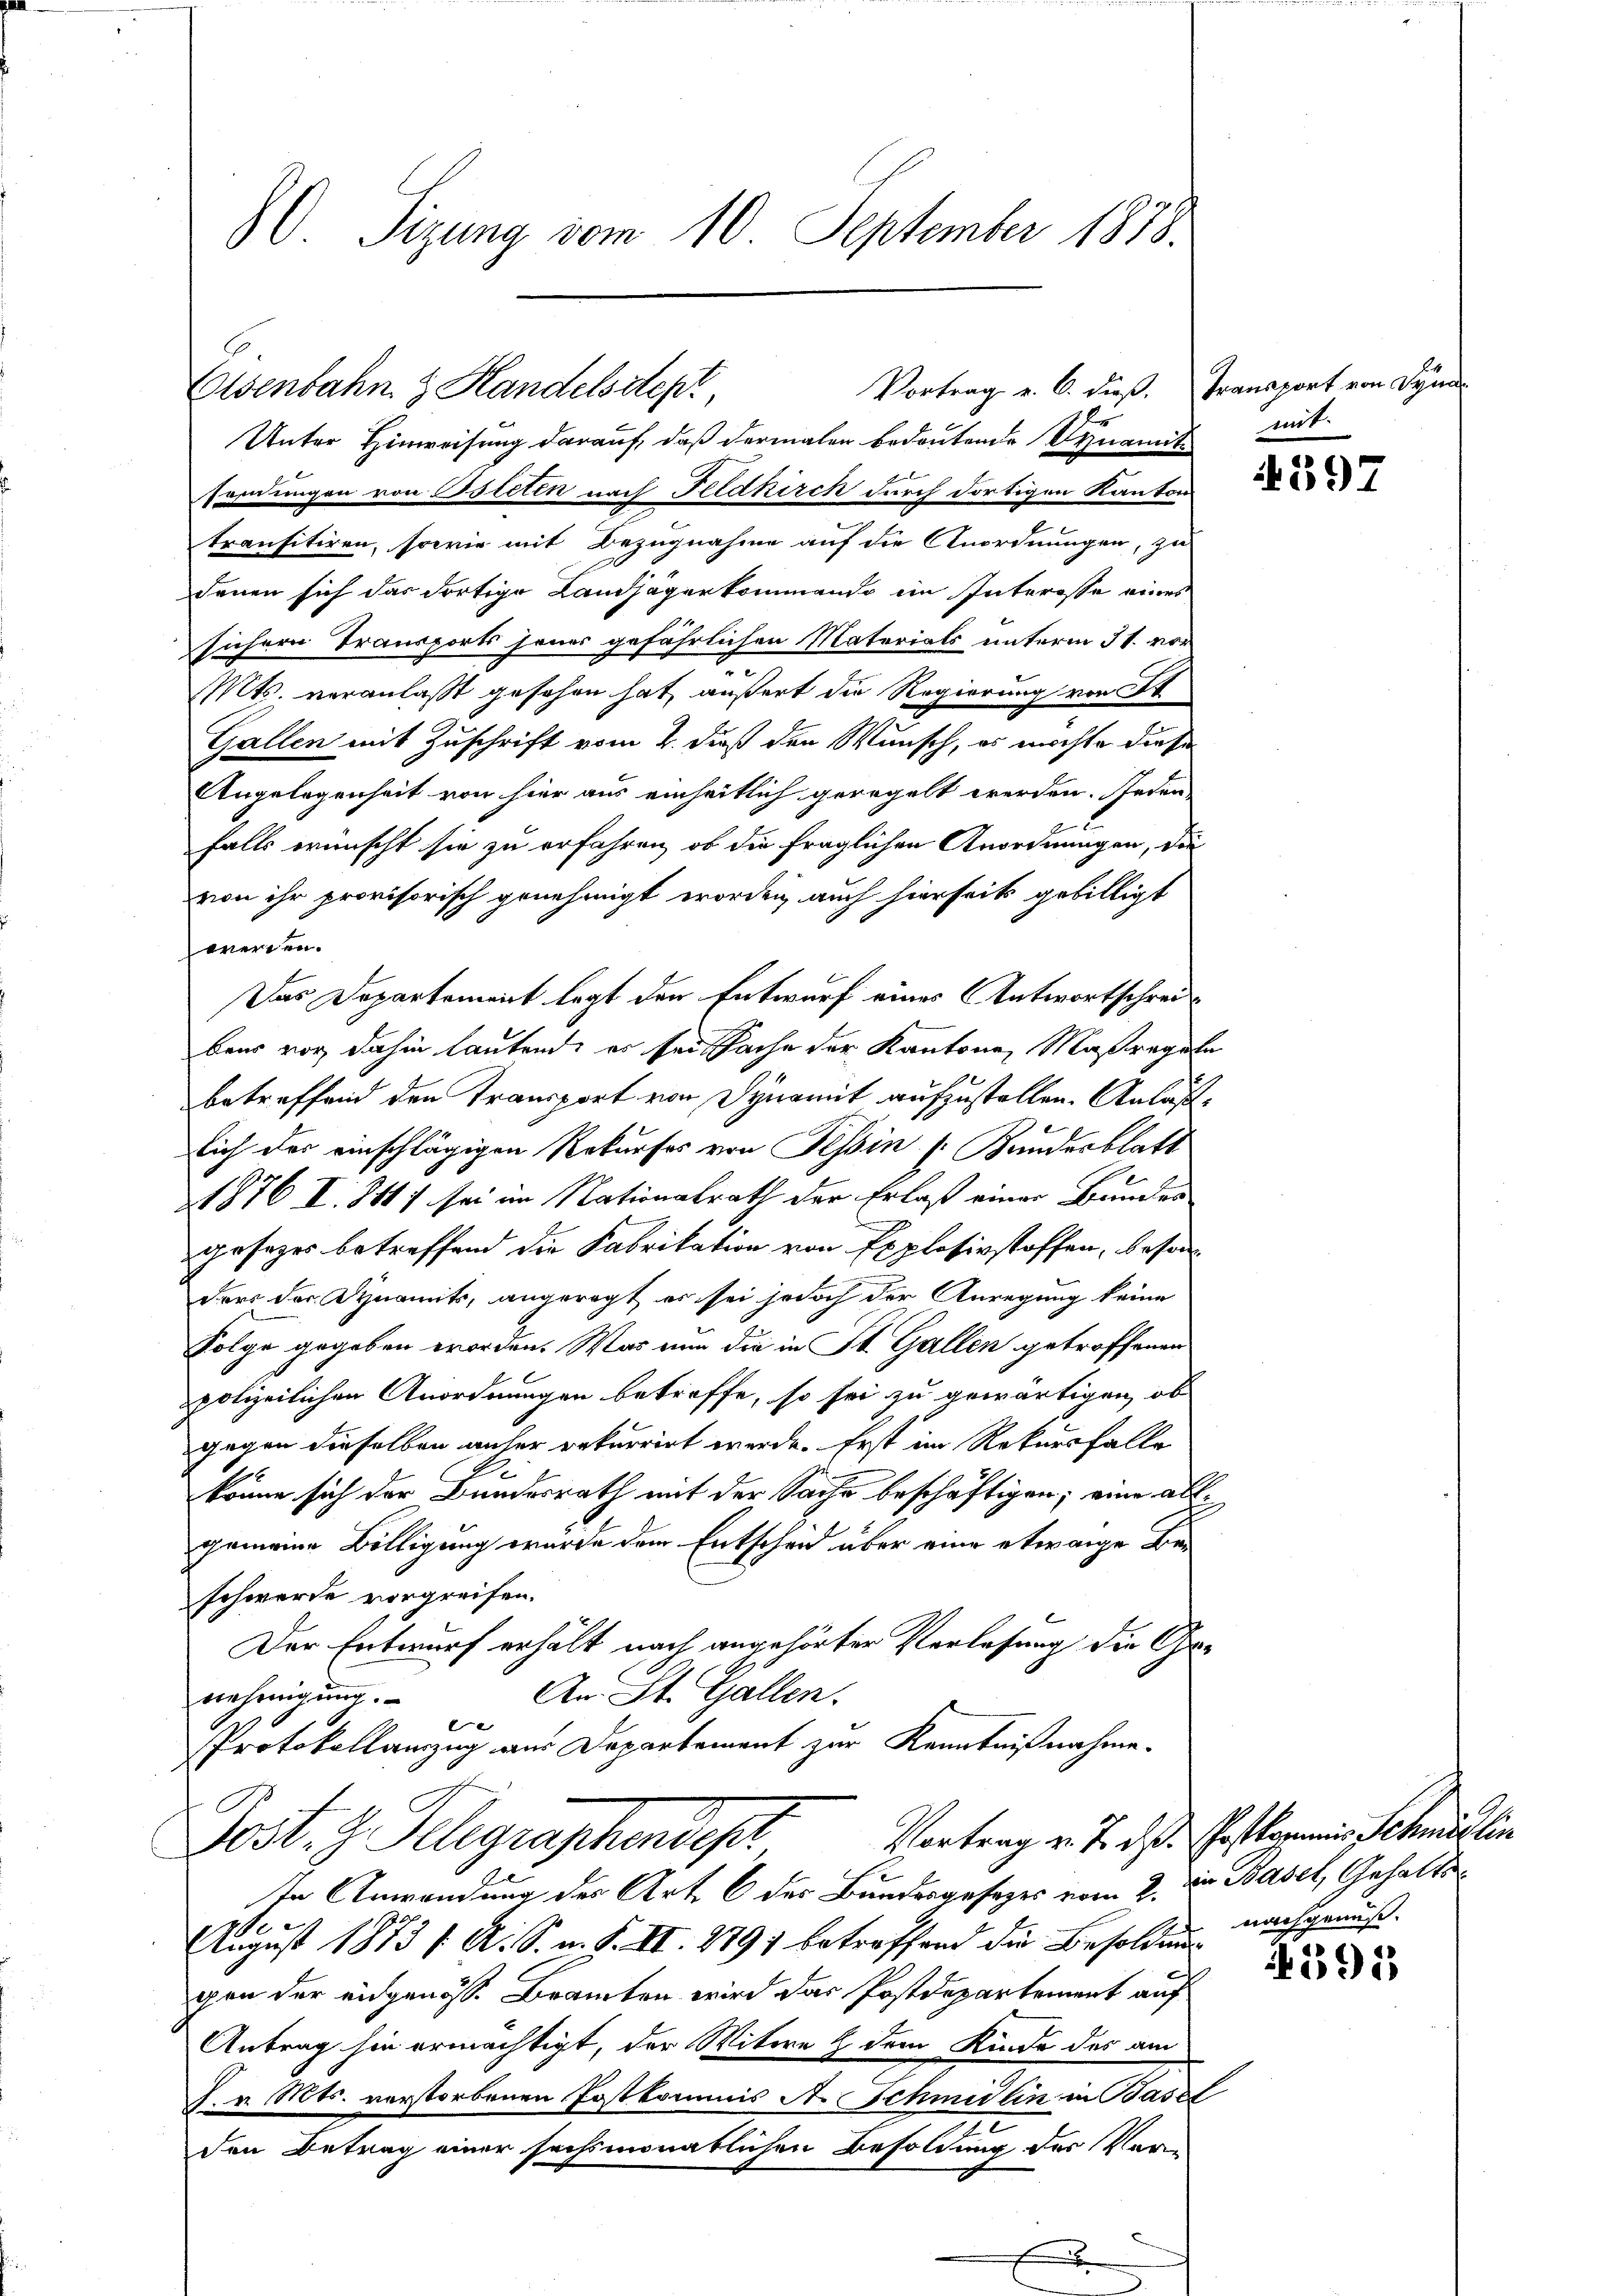
C. Sizung vom 10. September 1878.

Unter Hinweisung darauf, daß dermalen bedeutende Dynamit
sordungen von Osteten nach Feldkirch durch dortigen Kanton
transitiren, sowie mit Bezugnahme auf die Anordnungen, zu
denen sich das dortige Landjägerkommando ein Interesse eines
sichern Transports jener gefährlichen Materials unterm 31. vor
Mts. veranlaßt gesehen hat, äußert die Regierung von St
Gallen mit Zuschrift vom 2. dieß den Wunsch, es möchte diese
Angelegenheit von hier aus einheitlich geregelt werden. Jeden
falls erinscht sie zu erfahren, ob die fraglichen Anordnungen, die
von ihr provisorisch genehmigt worden, auch hierseits gebilligt
werden.
Das Departement legt den Entwurf eines Antwortschreibens vor dahin lautend, er sei Sache der Kantone, Maßregeln
betreffend den Transport von Dynamit aufzustellen. Anläßlich der einschlägigen Rekurses von Tessin (Bundesblatt
21876 I. 814) sei im Nationalrath der Erlaß einer Bunden
gesezes betreffend die Fabrikation von Explosirstoffen, besondrei der Dynamit, angeregt, es sei jedoch der Anregung keine
Folge gegeben worden. Was nun die in St. Gallen getroffenen
polizeilichen Anordnungen betreffe, so sei zu gewärtigen, ob
gegen dieselben anher rekurrirt werde. Erst im Rekursfalle
6
könne sich der Bundesrath mit der Sache beschäftigen; eine ab¬
1
gemeine Billigung wurde dem Entschen über eine etwaige Beschwerde vorgreifen.
Der Entwurf erhält nach angehörter Verlesung die Ge¬
An St. Gallen.
nehmigung.
e
Protokollanzug aus Departement zur Kenntnißnahme.
Vortrag v. J. das Postkommnis Schmidlin
Post. 3. Telegraphendes
In Anwendung des Art. 6 der Bundesgesetzes vom 2. zu Basel, Gehalts¬
1
August 1873 f. A. S. n. F. II. 1791 betreffend die Besoldung nachgenuß.
gen der eidgenöss. Branten wird das Postdepartement auf
Antrag hin ermächtigt, der Witwe h dem Kinde des am
Dr. Mts. verstorbenen Postkommis A. Schmidlin in Basel
den Betrag einer sechsmonatlichen Besoldung der Ver

Vortrag v. 6. dieß. Transport von Dyna
Elsenbahn & Handelssteht

mit.

4397

2591